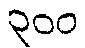
၃၀၀